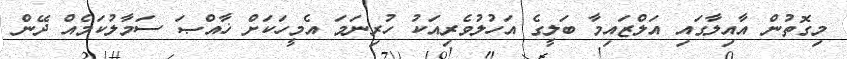
މިގޮތުން އާއިލާގައި އަލްޒައިމާ ބަލީގެ އަހުލުވެރިއަކު ހުރިނަމަ އެމީހަކަށް ޚާއްޞަ ސަމާލުކަމެއް ދޭން